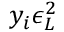
y _ { i } \epsilon _ { \cal L } ^ { 2 }